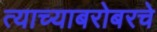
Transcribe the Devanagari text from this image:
त्याच्याबरोबरचे